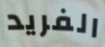
الفريد